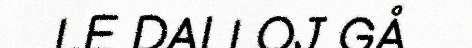
LE DALLOJ GÅ